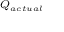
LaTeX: \scriptstyle Q _ { a c t u a l }